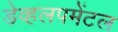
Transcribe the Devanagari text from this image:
डेव्हलपमेंटल